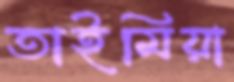
তাইমিয়া